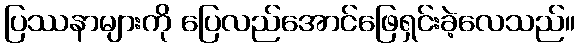
ပြဿနာများကို ပြေလည်အောင်ဖြေရှင်းခဲ့လေသည်။